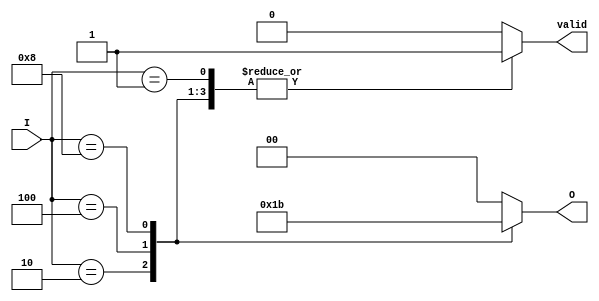
module binary_encoder (
    input wire [3:0] I,    // 4 input lines
    output reg [1:0] O,    // 2 output lines
    output reg valid        // Valid signal to indicate if any input is active
);

    always @(*) begin
        case (I)
            4'b0000: begin
                O = 2'b00; // No input active
                valid = 0; // No valid input
            end
            4'b0001: begin
                O = 2'b00; // Input 0 active
                valid = 1; // Valid input
            end
            4'b0010: begin
                O = 2'b01; // Input 1 active
                valid = 1; // Valid input
            end
            4'b0100: begin
                O = 2'b10; // Input 2 active
                valid = 1; // Valid input
            end
            4'b1000: begin
                O = 2'b11; // Input 3 active
                valid = 1; // Valid input
            end
            default: begin
                O = 2'b00; // Default case (should not happen with single active input)
                valid = 0; // No valid input
            end
        endcase
    end

endmodule